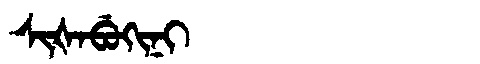
Manchu: ᠰᡳᡧᠠᠪᡠᡴᡳᠨᡳ
Romanization: SIŠABUKINI